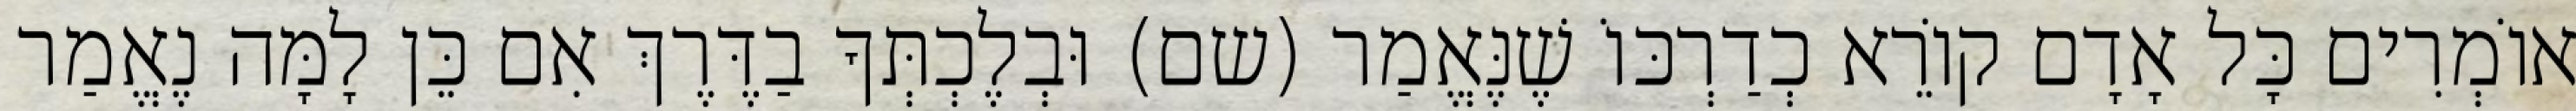
אוֹמְרִים כָּל אָדָם קוֹרֵא כְדַרְכּוֹ שֶׁנֶּאֱמַר (שם) וּבְלֶכְתְּךָ בַדֶּרֶךְ אִם כֵּן לָמָּה נֶאֱמַר